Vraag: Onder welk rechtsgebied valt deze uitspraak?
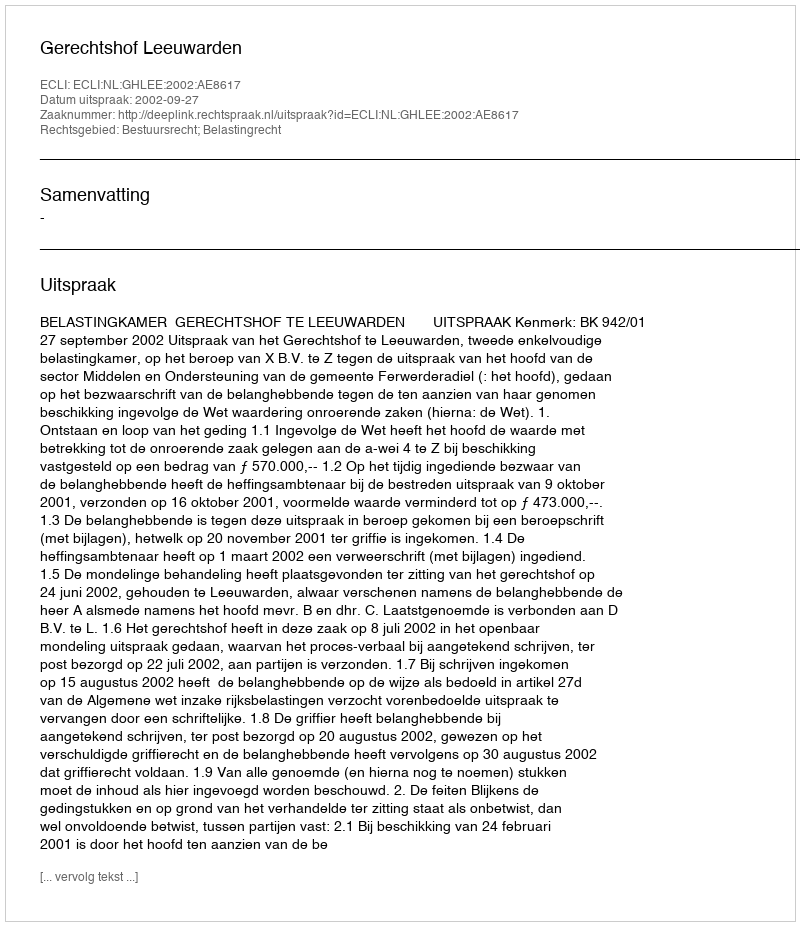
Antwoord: Bestuursrecht; Belastingrecht